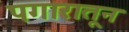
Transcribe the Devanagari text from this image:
पगारातून